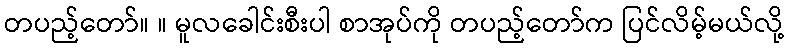
တပည့်တော်။ ။ မူလခေါင်းစီးပါ စာအုပ်ကို တပည့်တော်က ပြင်လိမ့်မယ်လို့